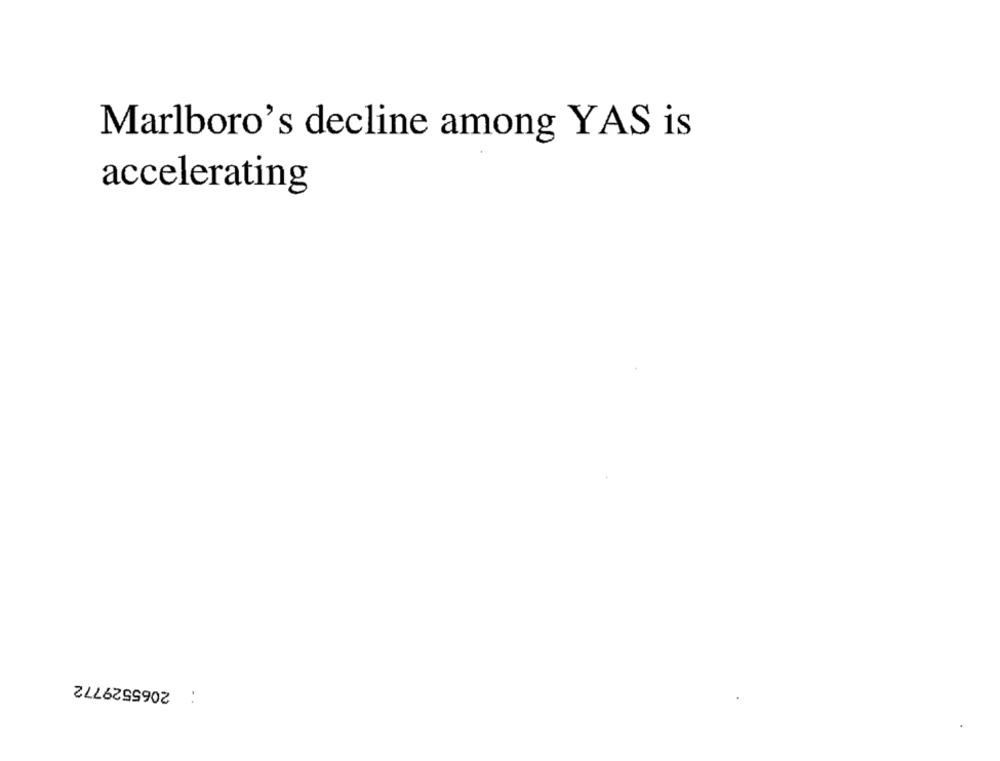
Marlboro's decline among YAS is
accelerating
2065529772